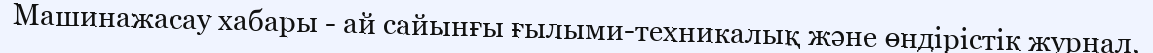
Машинажасау хабары - ай сайынғы ғылыми-техникалық және өндірістік журнал.